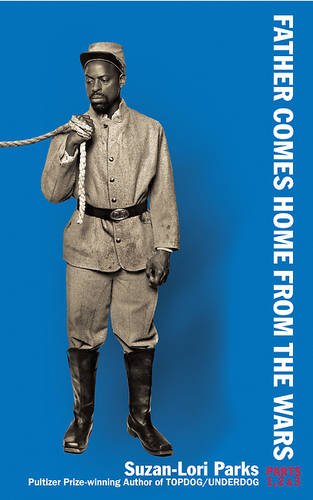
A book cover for Father Comes Home From the Wars (Parts 1, 2 & 3); Suzan-Lori Parks; Literature & Fiction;